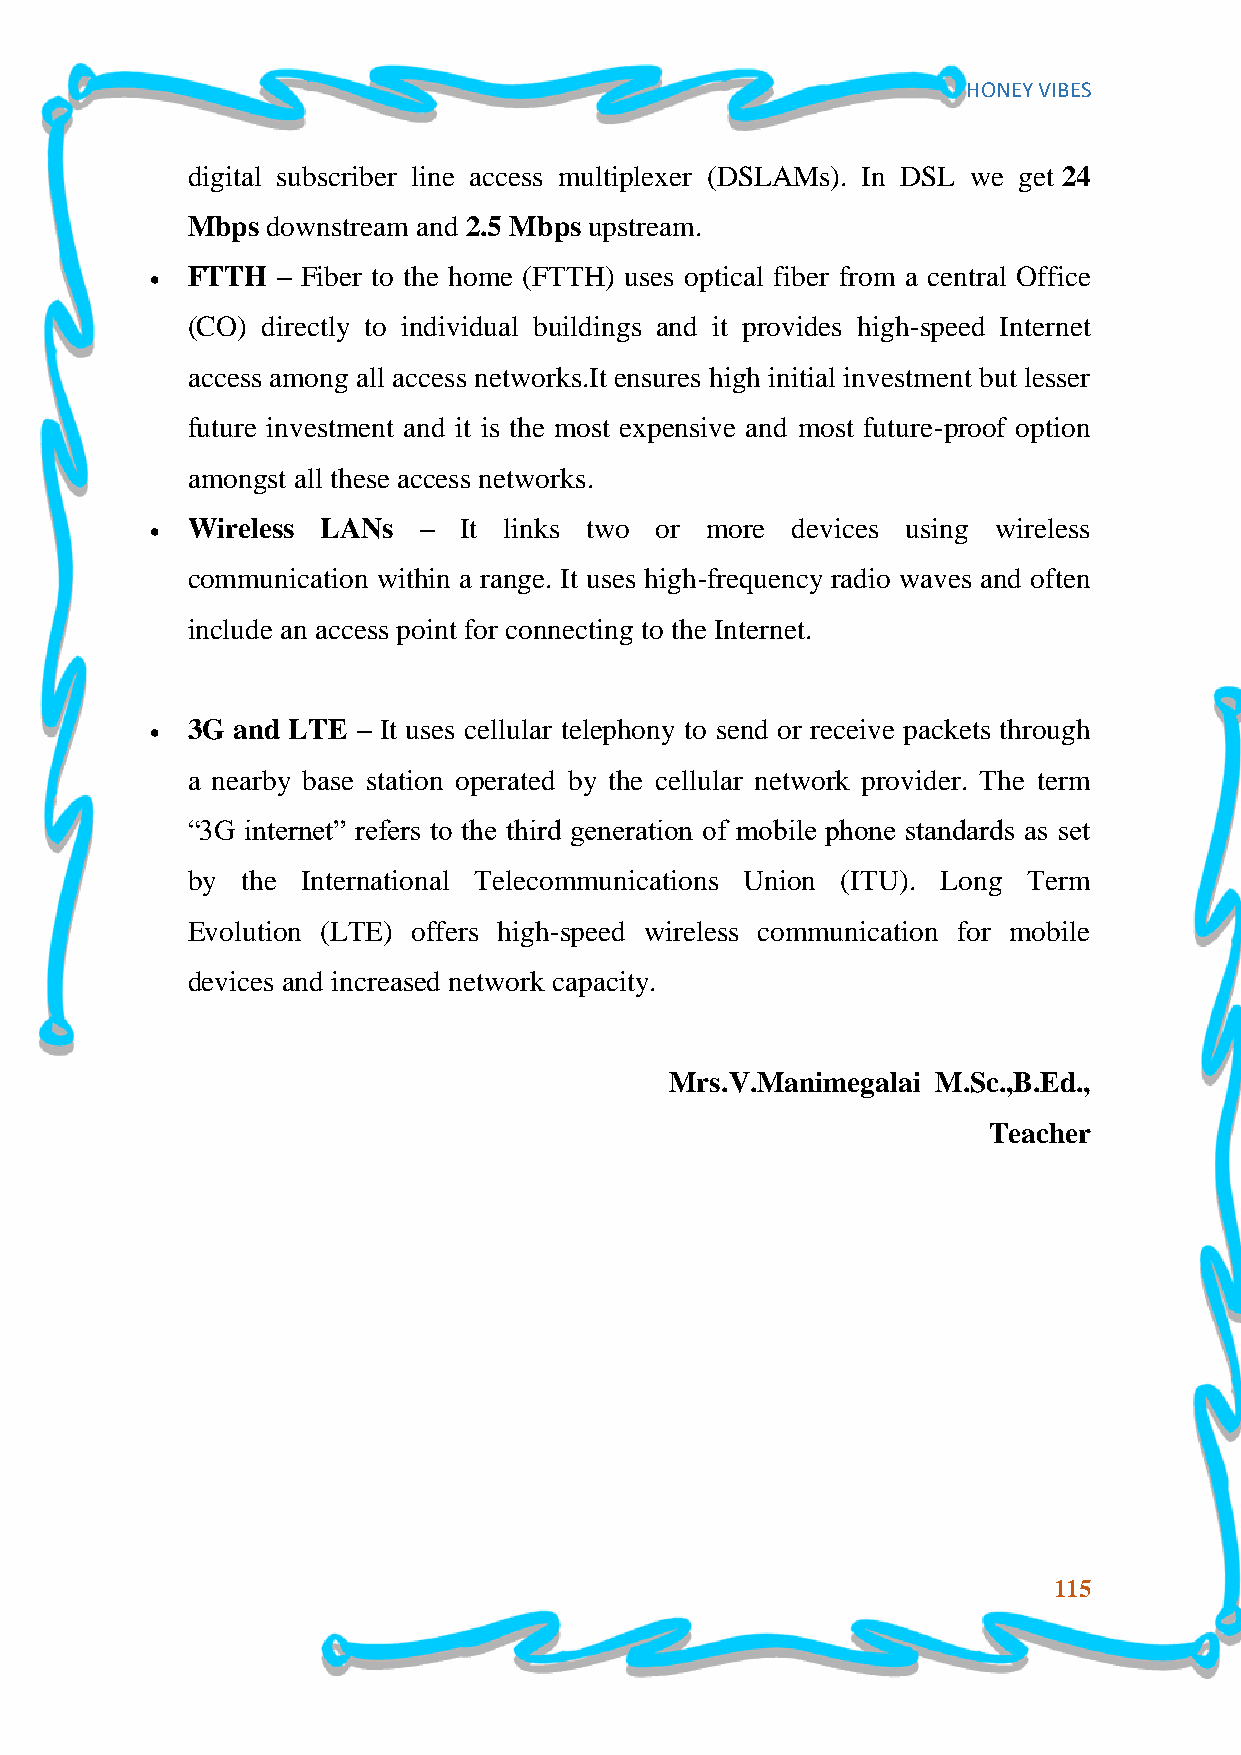
HONEY VIBES
 digital subscriber line access multiplexer (DSLAMs). In DSL we get 24
 Mbps  downstream and 2.5 Mbps upstream.
 FTTH  – Fiber to the home (FTTH) uses optical fiber from a central Office
 
 (CO) directly to individual buildings and it provides high-speed Internet
 access among all access networks.It ensures high initial investment but lesser
 future investment and it is the most expensive and most future-proof option
 amongst all these access networks.
 Wireless LANs   – It links two or  more devices using wireless
 
 communication within a range. It uses high-frequency radio waves and often
 include an access point for connecting to the Internet.
 3G and LTE  – It uses cellular telephony to send or receive packets through
 
 a nearby base station operated by the cellular network provider. The term
 “3G internet” refers to the third generation of mobile phone standards as set
 by  the International Telecommunications Union (ITU). Long Term
 Evolution (LTE) offers high-speed wireless communication for mobile
 devices and increased network capacity.
 Mrs.V.Manimegalai M.Sc.,B.Ed.,
 Teacher
 115